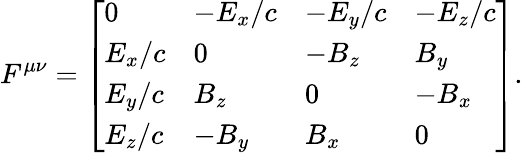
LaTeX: F^{\mu\nu}={\left[\begin{array}{llll}{0}&{-E_{x}/c}&{-E_{y}/c}&{-E_{z}/c}\\ {E_{x}/c}&{0}&{-B_{z}}&{B_{y}}\\ {E_{y}/c}&{B_{z}}&{0}&{-B_{x}}\\ {E_{z}/c}&{-B_{y}}&{B_{x}}&{0}\end{array}\right]}.